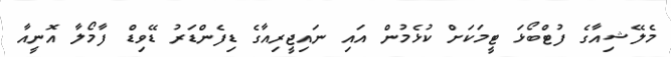
މެލޭޝިއާގެ ފުޓްބޯޅަ ޓީމަކަށް ކުޅެމުން އައި ނައިޖީރިއާގެ ޑިފެންޑަރު ޑޭވިޑް ފާމޯލާ އޮނީއާ